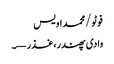
فوٹو/محمد اویس
وادی پھندر، غذر—۔